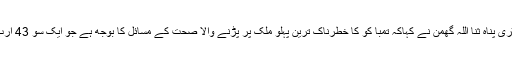
جنرل سیکرٹری پناہ ثنا اللہ گھمن نے کہاکہ تمبا کو کا خطرناک ترین پہلو ملک پر پڑنے والا صحت کے مسائل کا بوجھ ہے جو ایک سو 43 ارب روپے ہے۔